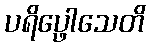
ပရိပ္ဖေါသေတိ